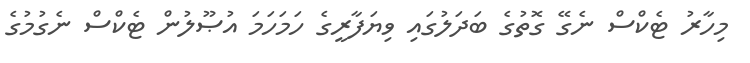
މިހާރު ޓެކްސް ނެގޭ ގޮތުގެ ބަދަލުގައި ވިޔަފާރީގެ ހަމަހަމަ އުޞޫލުން ޓެކްސް ނެގުމުގެ